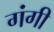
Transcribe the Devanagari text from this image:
गंगी